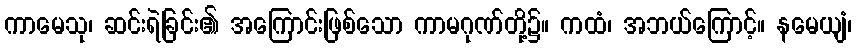
ကာမေသု၊ ဆင်းရဲခြင်း၏ အကြောင်းဖြစ်သော ကာမဂုဏ်တို့၌။ ကထံ၊ အဘယ်ကြောင့်။ နမေယျံ၊